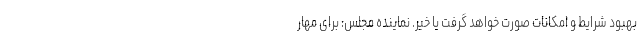
بهبود شرایط و امکانات صورت خواهد گرفت یا خیر. نماینده مجلس: برای مهار